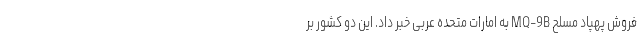
فروش پهپاد مسلح MQ-9B به امارات متحده عربی خبر داد. این دو کشور بر